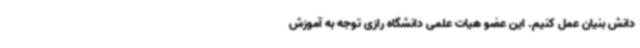
دانش بنیان عمل کنیم. این عضو هیات علمی دانشگاه رازی توجه به آموزش